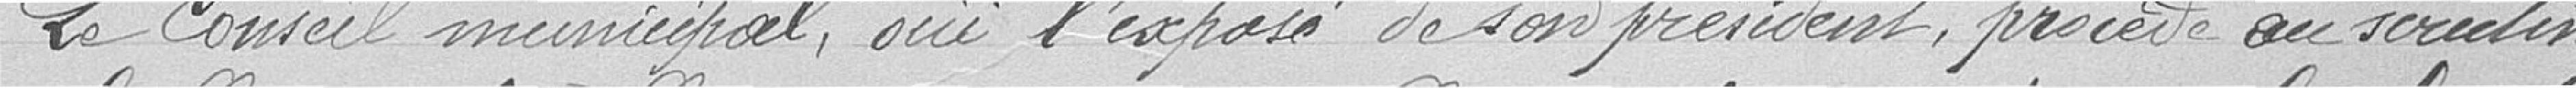
Le conseil municipal, ouï l'exposé de son président, procède au scrutin